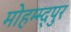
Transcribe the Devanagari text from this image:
मोहम्म्द्पुर